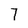
Character: 7